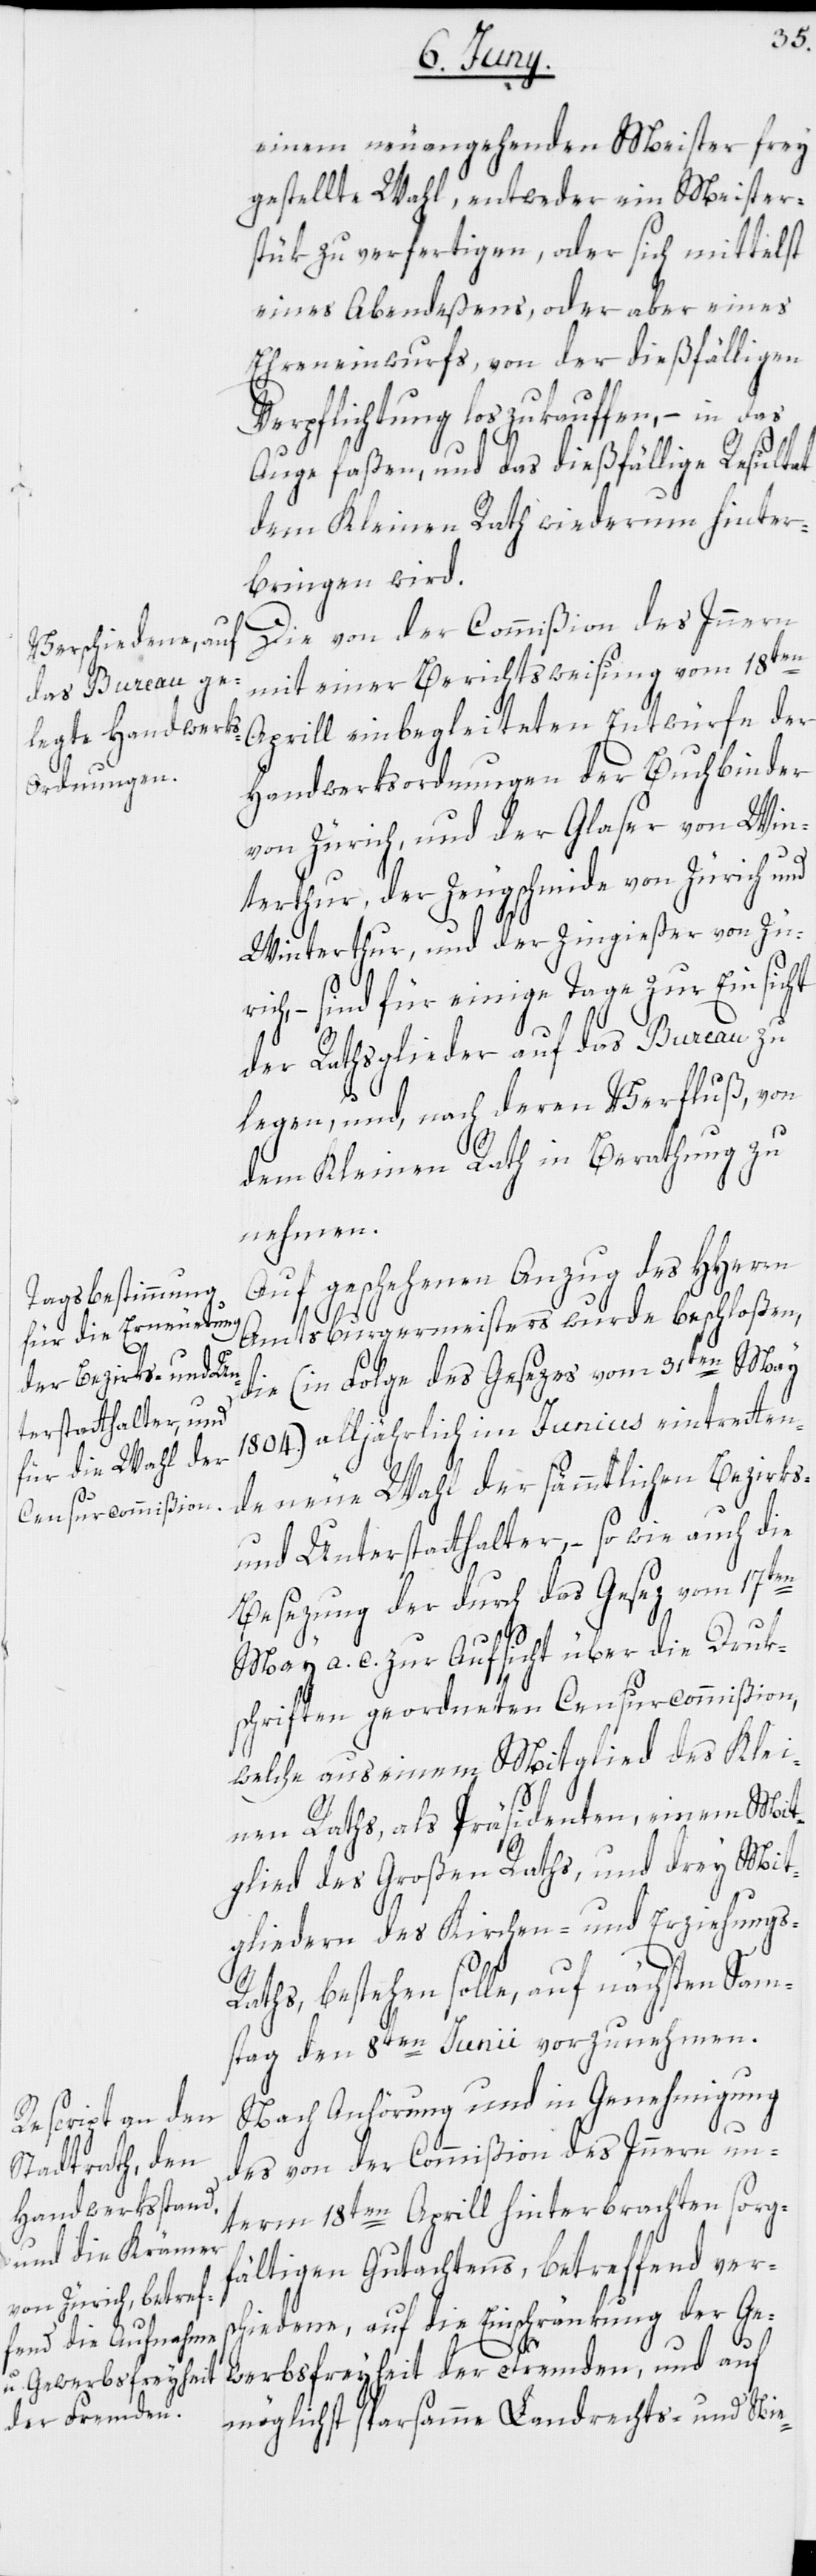
einem neuangehenden Meister frey
gestellte Wahl, entweder ein Meister¬
stük zu verfertigen, oder sich mittelst
eines Abendeßens, oder aber eines
Ehreneinwurfs, von der dießfälligen
Verpflichtung loszukauffen, – in das
Auge faßen, und das dießfällige Resultat
dem Kleinen Rath wiederum hinter¬
bringen wird.
Die von der Commißion des Innern
mit einer Berichtsweisung vom 18ten
Aprill einbegleiteten Entwürfe der
Handwerksordnungen der Buchbinder
von Zürich, und der Glaser von Win¬
terthur, der Zeugschmide von Zürich und
Winterthur, und der Zingießer von Züri¬
ch, – sind für einige Tage zur Einsicht
der Rathsglieder auf das Bureau zu
legen, und, nach deren Verfluß, von
dem Kleinen Rath in Berathung zu
nehmen.
Auf geschehenen Anzug des HHerrn
Amtsburgermeisters wurde beschloßen,
die (in Folge des Gesezes vom 31ten May
1804.) alljährlich im Junius eintretten¬
de neue Wahl der sämmtlichen Bezirks-
und Unterstatthalter, – so wie auch die
Besezung der durch das Gesez vom 17ten
May a. c. zur Aufsicht über die Druk¬
schriften geordneten Censurcommißion,
welche aus einem Mitglied des Klei¬
nen Raths, als Präsidenten, einem Mit¬
glied des Großen Raths, und drey Mit¬
gliedern des Kirchen- und Erziehungs-R¬
aths, bestehen solle, auf nächsten Sam¬
stag den 8ten Junii vorzunehmen.
Nach Anhörung und in Genehmigung
des von der Commißion des Innern un¬
term 18ten Aprill hinterbrachten sorg¬
fältigen Gutachtens, betreffend ver¬
schiedene, auf die Einschränkung der Ge¬
werbsfreyheit der Fremden, und auf
möglichst sparsamme Landrechts- und Nie-